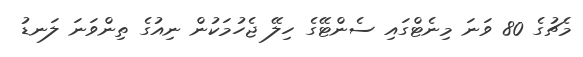
މެޗުގެ 80 ވަނަ މިނެޓްގައި ސެންޓޭގެ ހިލޭ ޖެހުމަކުން ނިއުގެ ތިންވަނަ ލަނޑު